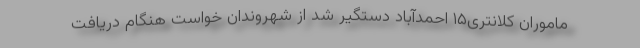
ماموران کلانتری۱۵ احمدآباد دستگیر شد از شهروندان خواست هنگام دریافت